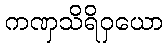
ကဏှသိရိဝှယော